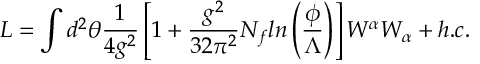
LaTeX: L = \int d ^ { 2 } \theta \frac { 1 } { 4 g ^ { 2 } } \left[ 1 + \frac { g ^ { 2 } } { 3 2 \pi ^ { 2 } } N _ { f } l n \left( \frac { \phi } { \Lambda } \right) \right] W ^ { \alpha } W _ { \alpha } + h . c .